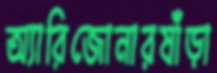
অ্যারিজোনারষাঁড়া